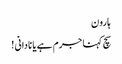
ہارون
سچ کہنا جرم ہے یا نادانی !